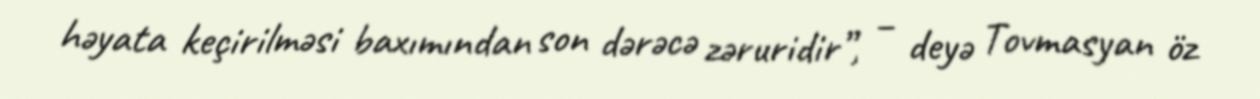
həyata keçirilməsi baxımından son dərəcə zəruridir”, – deyə Tovmasyan öz